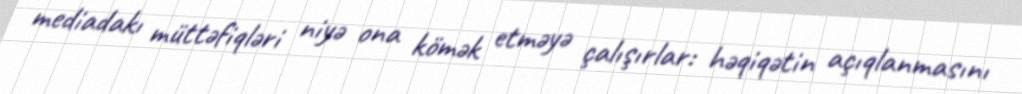
mediadakı müttəfiqləri niyə ona kömək etməyə çalışırlar: həqiqətin açıqlanmasını